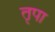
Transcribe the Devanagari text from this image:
तृपा